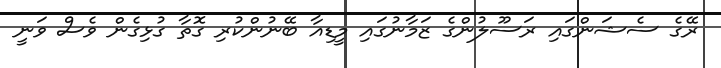
ރޭގެ ސެޝަންގައި ރަސޫލުންގެ ޒަމާނުގައި މީޑިއާ ބޭނުންކުރި ގޮތާ ގުޅިގެން ވެސް ވަނީ